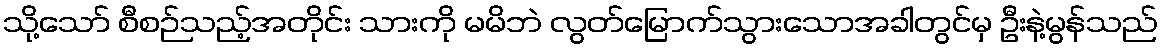
သို့သော် စီစဉ်သည့်အတိုင်း သားကို မမိဘဲ လွတ်မြောက်သွားသောအခါတွင်မှ ဦးနဲ့မွန်သည်